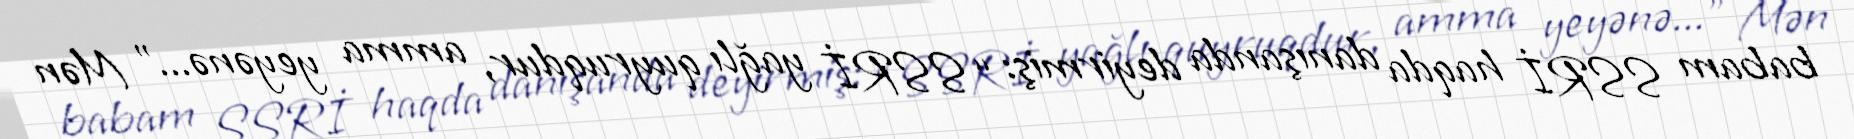
babam SSRİ haqda danışanda deyirmiş: “SSRİ yağlı quyruqdur, amma yeyənə...” Mən